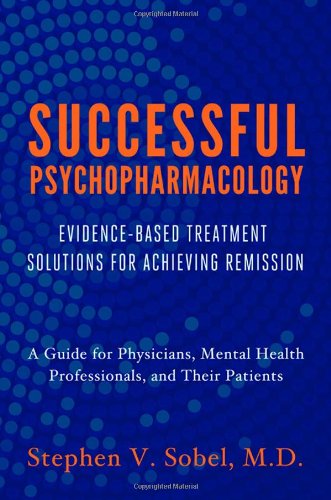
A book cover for Successful Psychopharmacology: Evidence-Based Treatment Solutions for Achieving Remission; Stephen V. Sobel; Medical Books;